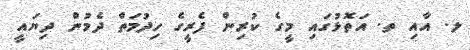
ލ. އާއި ތ. އަތޮޅުގައި މީގެ ކުރިން ފެރީގެ ހިދުމަތް ދެމުން ދިޔައީ